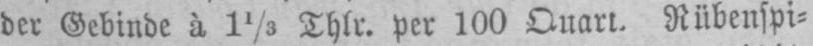
der Gebinde à 11/5 Thlr. per 100 Quart. Rübenspi⸗